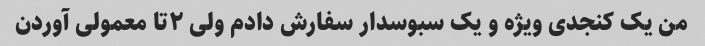
من یک کنجدی ویژه و یک سبوسدار سفارش دادم ولی ۲تا معمولی آوردن